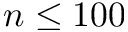
n \leq 1 0 0